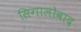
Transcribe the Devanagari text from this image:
सिगालोवाद